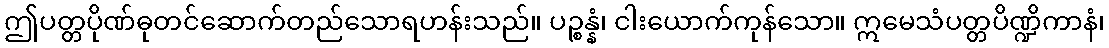
ဤပတ္တပိုဏ်ဓုတင်ဆောက်တည်သောရဟန်းသည်။ ပဉ္စန္နံ၊ ငါးယောက်ကုန်သော။ ဣမေသံပတ္တပိဏ္ဍိကာနံ၊